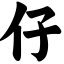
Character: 仔